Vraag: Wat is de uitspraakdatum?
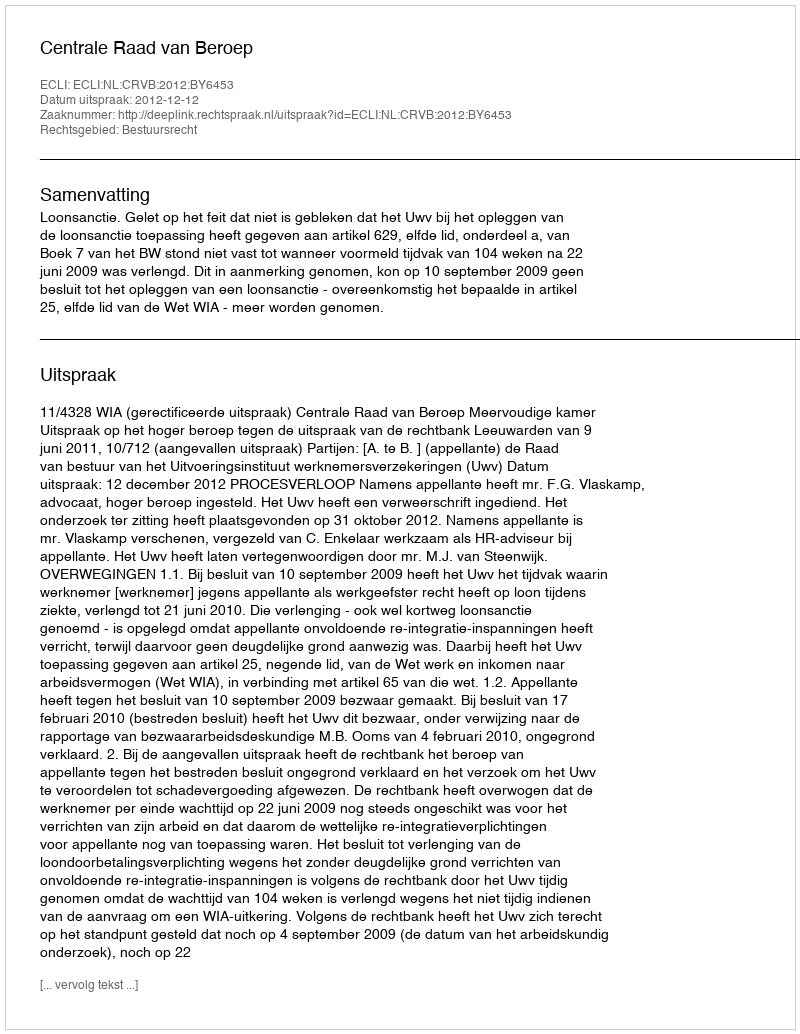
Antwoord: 2012-12-12